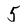
Character: 5